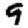
Digit: 9